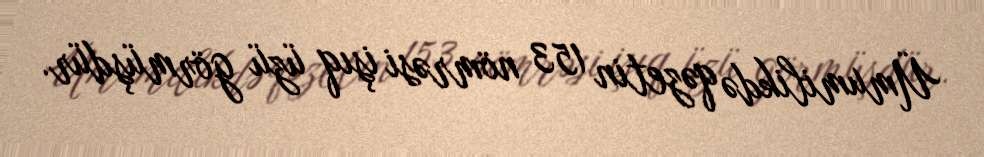
Ümumilikdə qəzetin 153 nömrəsi işıq üzü görmüşdür.